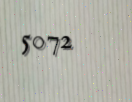
5072